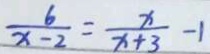
\frac { 6 } { x - 2 } = \frac { x } { x + 3 } - 1